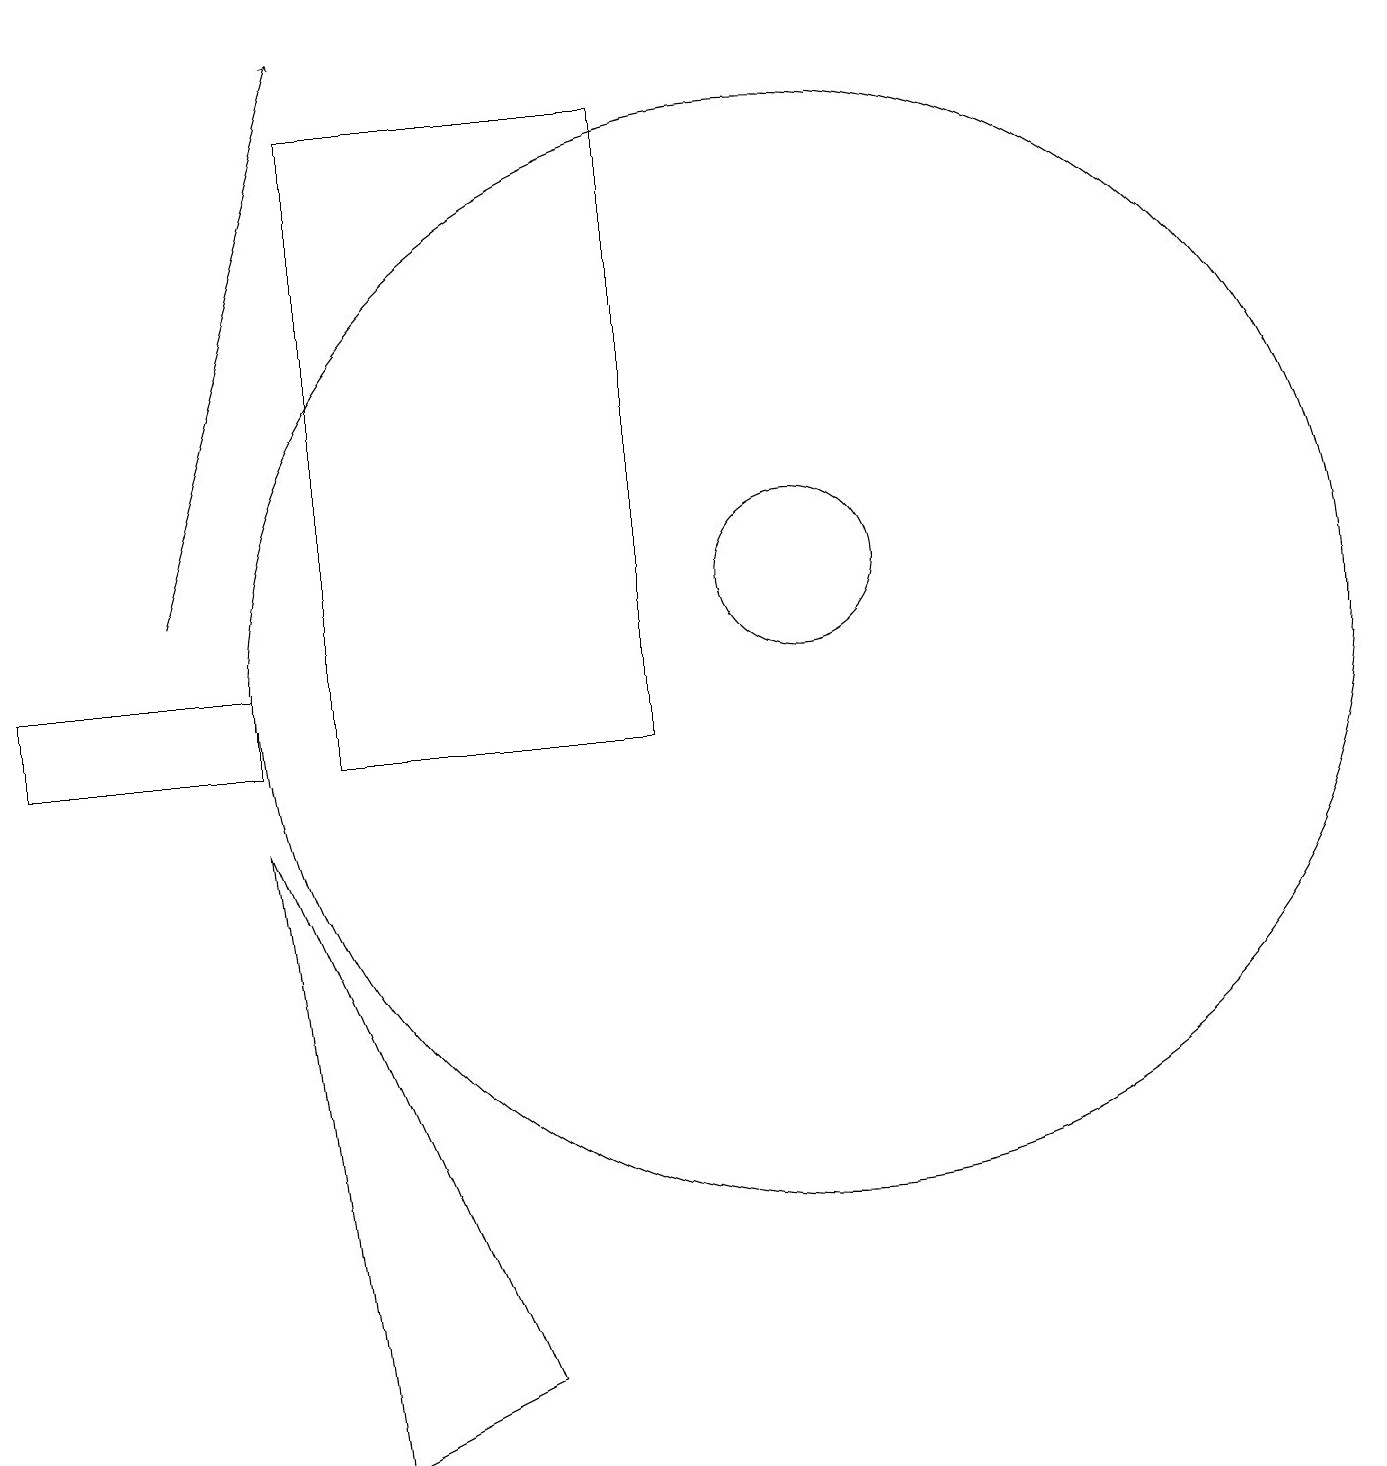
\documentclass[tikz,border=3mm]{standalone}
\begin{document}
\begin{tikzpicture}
\draw[->] (2,12) -- (4,19);
\draw (10,11) circle (7);
\draw (3,10) rectangle (0,11);
\draw (10,12) circle (1);
\draw (6,2) -- (3,9) -- (4,1) -- cycle;
\draw (8,18) rectangle (4,10);
\draw (11,12) circle (0);
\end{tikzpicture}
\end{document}